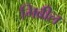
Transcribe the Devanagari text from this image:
गिब्रील